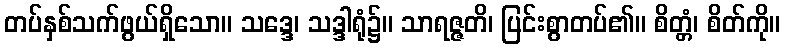
တပ်နှစ်သက်ဖွယ်ရှိသော။ သဒ္ဒေ၊ သဒ္ဒါရုံ၌။ သာရဇ္ဇတိ၊ ပြင်းစွာတပ်၏။ စိတ္တံ၊ စိတ်ကို။